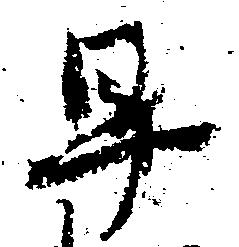
早